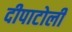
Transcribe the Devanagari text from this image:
दीपाटोली